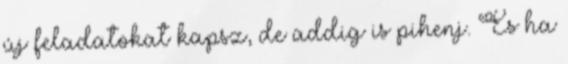
új feladatokat kapsz, de addig is pihenj. És ha